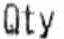
QTY